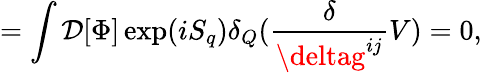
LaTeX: =\int\mathcal{D}[\Phi]\exp(iS_{q})\delta_{Q}(\frac{{\delta}}{{\deltag^{ij}}}V)=0,